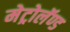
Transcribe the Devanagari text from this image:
मेट्रोलॅण्ड